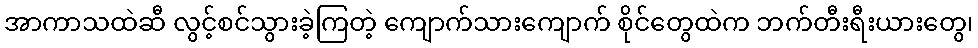
အာကာသထဲဆီ လွင့်စင်သွားခဲ့ကြတဲ့ ကျောက်သားကျောက် စိုင်တွေထဲက ဘက်တီးရီးယားတွေ၊